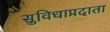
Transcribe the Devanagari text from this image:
सुविधाप्रदाता